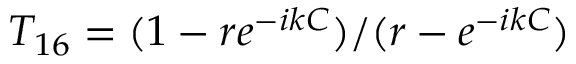
T _ { 1 6 } = ( 1 - r e ^ { - i k C } ) / ( r - e ^ { - i k C } )